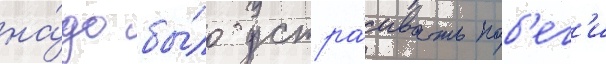
на́до бы́ло устра́ивать поб'ег'и